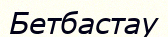
Бетбастау